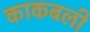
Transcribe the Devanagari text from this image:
काकबली